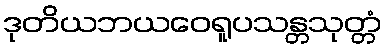
ဒုတိယဘယဝေရူပသန္တသုတ္တံ